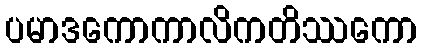
ပမာဒကောကာလိကတိဿကော